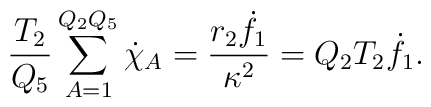
{T_2 \over Q_5} \sum_{A=1}^{Q_2Q_5} \dot{\chi}_A  = {r_2{\dot{f}_1} \over{\kappa^2}} = Q_2 T_2 \dot{f}_1.